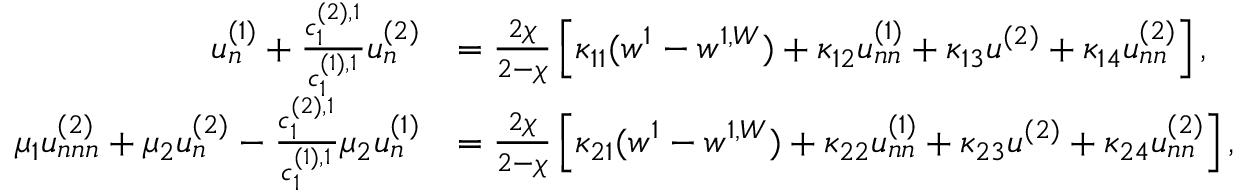
\begin{array} { r l } { u _ { n } ^ { ( 1 ) } + \frac { c _ { 1 } ^ { ( 2 ) , 1 } } { c _ { 1 } ^ { ( 1 ) , 1 } } u _ { n } ^ { ( 2 ) } } & { = \frac { 2 \chi } { 2 - \chi } \left[ \kappa _ { 1 1 } ( w ^ { 1 } - w ^ { 1 , W } ) + \kappa _ { 1 2 } u _ { n n } ^ { ( 1 ) } + \kappa _ { 1 3 } u ^ { ( 2 ) } + \kappa _ { 1 4 } u _ { n n } ^ { ( 2 ) } \right] , } \\ { \mu _ { 1 } u _ { n n n } ^ { ( 2 ) } + \mu _ { 2 } u _ { n } ^ { ( 2 ) } - \frac { c _ { 1 } ^ { ( 2 ) , 1 } } { c _ { 1 } ^ { ( 1 ) , 1 } } \mu _ { 2 } u _ { n } ^ { ( 1 ) } } & { = \frac { 2 \chi } { 2 - \chi } \left[ \kappa _ { 2 1 } ( w ^ { 1 } - w ^ { 1 , W } ) + \kappa _ { 2 2 } u _ { n n } ^ { ( 1 ) } + \kappa _ { 2 3 } u ^ { ( 2 ) } + \kappa _ { 2 4 } u _ { n n } ^ { ( 2 ) } \right] , } \end{array}